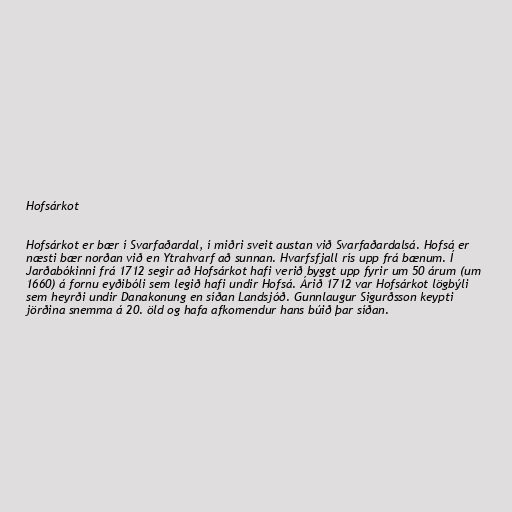
Hofsárkot

Hofsárkot er bær í Svarfaðardal, í miðri sveit austan við Svarfaðardalsá. Hofsá er
næsti bær norðan við en Ytrahvarf að sunnan. Hvarfsfjall rís upp frá bænum. Í
Jarðabókinni frá 1712 segir að Hofsárkot hafi verið byggt upp fyrir um 50 árum (um
1660) á fornu eyðibóli sem legið hafi undir Hofsá. Árið 1712 var Hofsárkot lögbýli
sem heyrði undir Danakonung en síðan Landsjóð. Gunnlaugur Sigurðsson keypti
jörðina snemma á 20. öld og hafa afkomendur hans búið þar síðan.